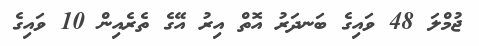
ޖުމްލަ 48 ވައިގެ ބަނދަރު އޮތް އިރު އޭގެ ތެރެއިން 10 ވައިގެ